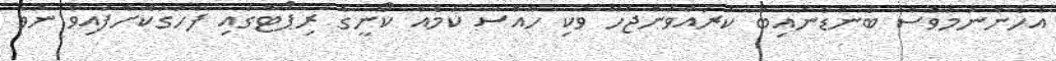
އެހެންނަމަވެސް ބަންޑާނައިބް ކުރައްވަންޖެހޭ ވަކި ހާއްސަ ކަމެއް ކޯނީގެ ރިޕޯޓްގައި ފާހަގަކޮށްފައިވާ ނުވާ